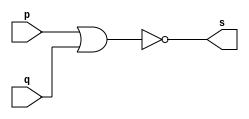
// Rafael Guimares de Sousa - 451607

module norgate (output s, input  p, input q);

assign s = ~(p | q);

endmodule

module testnorgate;

reg a,b;
wire s;

norgate NOR1 (s, a, b);

initial begin:start

a=0;b=0;

end

initial begin:main

$display("Exercicio0007 - Rafael Guimares de Sousa - 451607");
$monitor("%b %b | %b",a,b,s);

#1 a=0;b=1;
#1 a=1;b=0;
#1 a=1;b=1;
end

endmodule